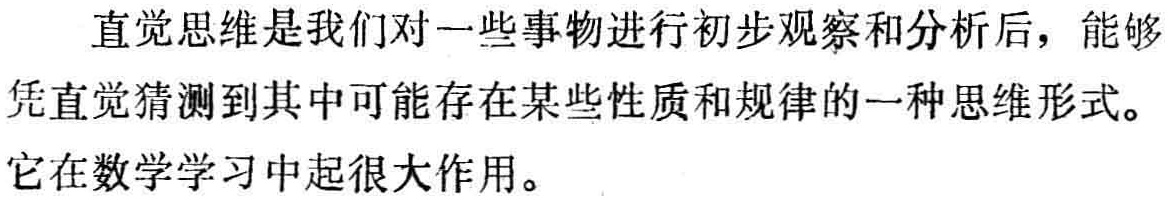
直觉思维是我们对一些事物进行初步观察和分析后，能够凭直觉猜测到其中可能存在某些性质和规律的一种思维形式。它在数学学习中起很大作用。